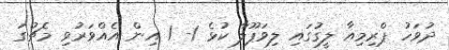
ދުވަހު ޕްރިމިއާ ލީގުގައި ލިވަޕޫލާ ކުޅެ 1- 1 އިން އެއްވަރުވި މެޗުގަ